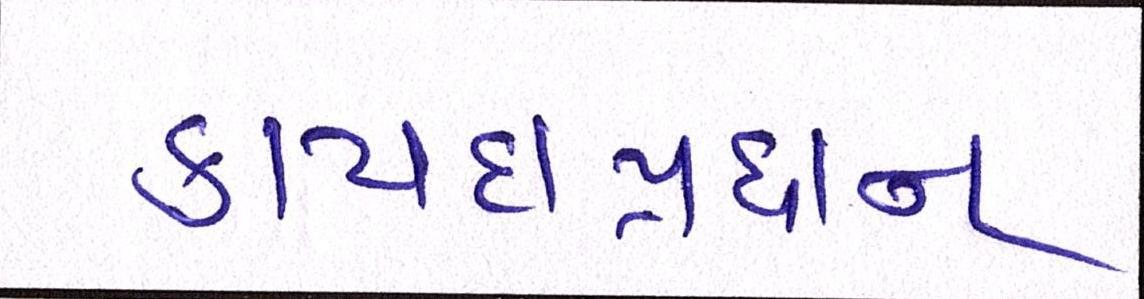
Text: કાયદાપ્રધાન